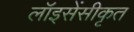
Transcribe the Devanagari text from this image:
लॉइसेंसीकृत